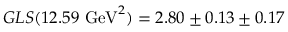
G L S ( 1 2 . 5 9 ~ \mathrm { G e V } ^ { 2 } ) = 2 . 8 0 \pm 0 . 1 3 \pm 0 . 1 7 ~ ~ ~ ~ ~